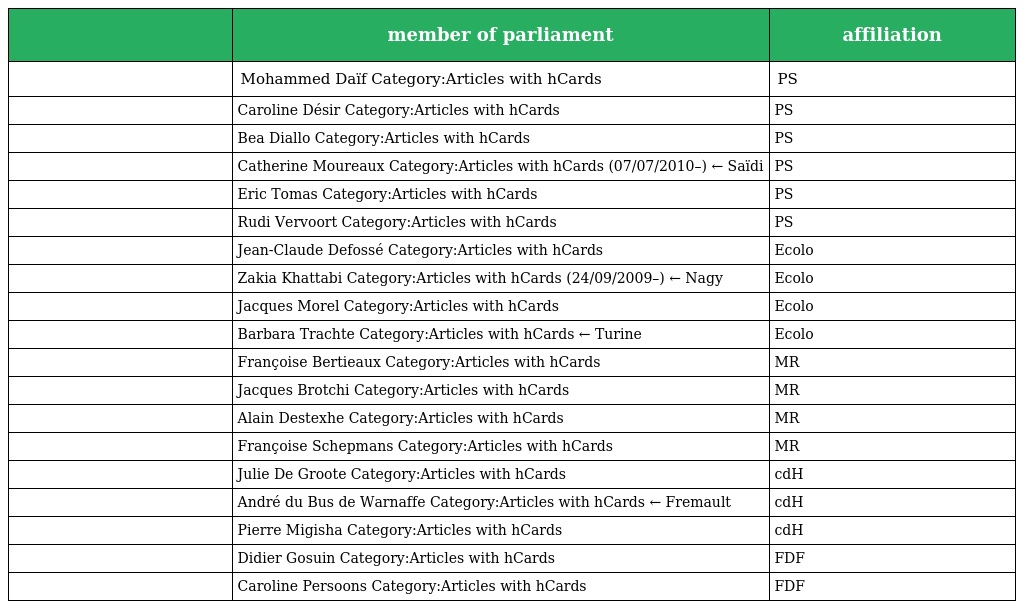
|  | member of parliament | affiliation |
 | --- | --- | --- |
 |  | Mohammed Daïf Category:Articles with hCards | PS |
 |  | Caroline Désir Category:Articles with hCards | PS |
 |  | Bea Diallo Category:Articles with hCards | PS |
 |  | Catherine Moureaux Category:Articles with hCards (07/07/2010–) ← Saïdi | PS |
 |  | Eric Tomas Category:Articles with hCards | PS |
 |  | Rudi Vervoort Category:Articles with hCards | PS |
 |  | Jean-Claude Defossé Category:Articles with hCards | Ecolo |
 |  | Zakia Khattabi Category:Articles with hCards (24/09/2009–) ← Nagy | Ecolo |
 |  | Jacques Morel Category:Articles with hCards | Ecolo |
 |  | Barbara Trachte Category:Articles with hCards ← Turine | Ecolo |
 |  | Françoise Bertieaux Category:Articles with hCards | MR |
 |  | Jacques Brotchi Category:Articles with hCards | MR |
 |  | Alain Destexhe Category:Articles with hCards | MR |
 |  | Françoise Schepmans Category:Articles with hCards | MR |
 |  | Julie De Groote Category:Articles with hCards | cdH |
 |  | André du Bus de Warnaffe Category:Articles with hCards ← Fremault | cdH |
 |  | Pierre Migisha Category:Articles with hCards | cdH |
 |  | Didier Gosuin Category:Articles with hCards | FDF |
 |  | Caroline Persoons Category:Articles with hCards | FDF |